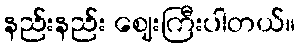
နည်းနည်း ဈေးကြီးပါတယ်။